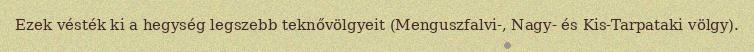
Ezek vésték ki a hegység legszebb teknővölgyeit (Menguszfalvi-, Nagy- és Kis-Tarpataki völgy).